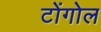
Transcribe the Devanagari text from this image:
टोंगोल